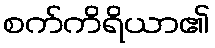
စက်ကိရိယာ၏